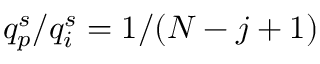
q _ { p } ^ { s } / q _ { i } ^ { s } = 1 / ( N - j + 1 )